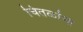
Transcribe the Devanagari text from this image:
चितळांचा